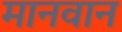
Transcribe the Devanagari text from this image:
मानवान